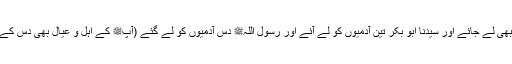
اور جس کے پاس چار کا ہو وہ پانچویں یا چھٹے کو بھی لے جائے اور سیدنا ابو بکرؓ تین آدمیوں کو لے آئے اور رسول اللہﷺ دس آدمیوں کو لے گئے (آپﷺ کے اہل و عیال بھی دس کے قریب تھے تو گویا آدھا کھانا مہمانوں کے لئے ہوا)۔